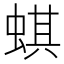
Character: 蜞